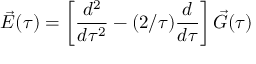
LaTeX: \vec { E } ( \tau ) = \left[ { \frac { d ^ { 2 } } { d \tau ^ { 2 } } } - ( 2 / \tau ) { \frac { d } { d \tau } } \right] \vec { G } ( \tau )